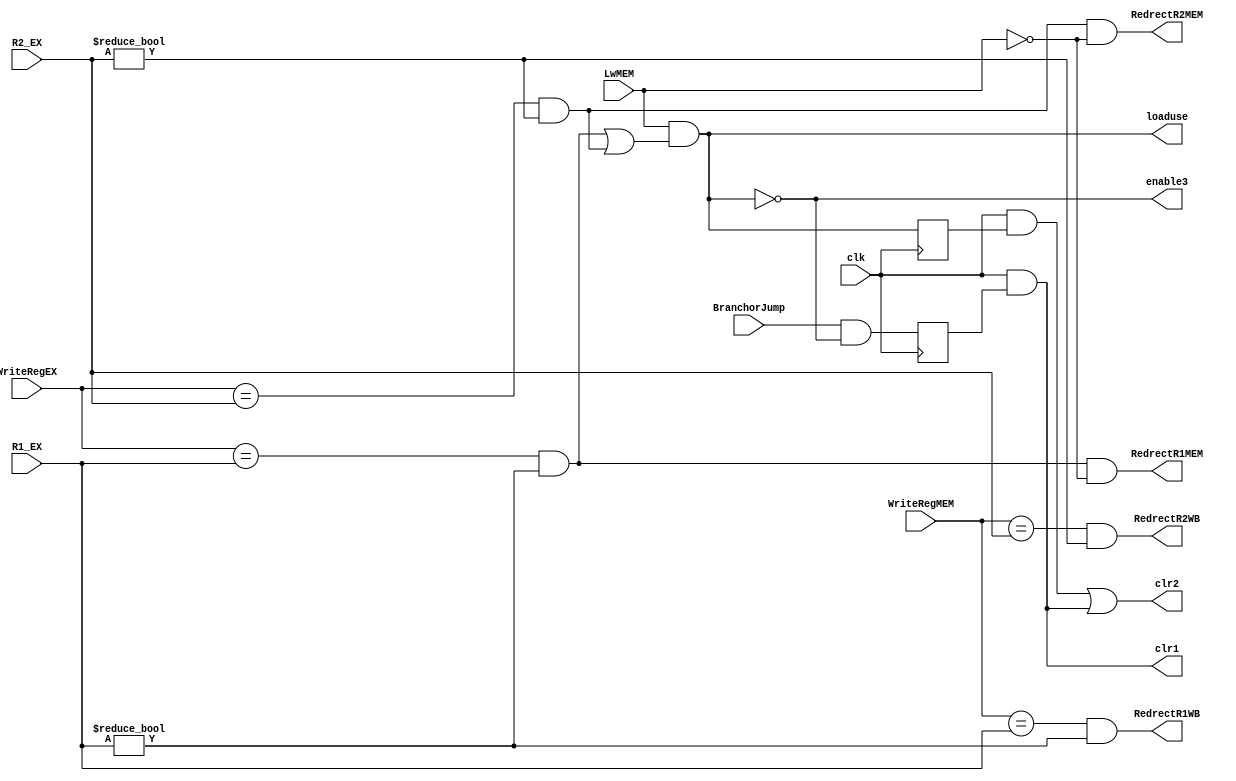
`timescale 1ns / 1ps
//////////////////////////////////////////////////////////////////////////////////
// Company: 
// Engineer: 
// 
// Design Name: 
// Module Name: HazardUnit
// Project Name: 
// Target Devices: 
// Tool Versions: 
// Description: 
// 
// Dependencies: 
// 
// Revision:
// Revision 0.01 - File Created
// Additional Comments:
// 
//////////////////////////////////////////////////////////////////////////////////


module HazardUnit( clk,WriteRegEX,WriteRegMEM,R1_EX,R2_EX,LwMEM,BranchorJump, RedrectR1MEM,RedrectR2MEM,RedrectR1WB,RedrectR2WB,enable3,loaduse,clr1,clr2 );
input wire clk;
input wire [4:0] WriteRegEX,WriteRegMEM,R1_EX,R2_EX;
input wire LwMEM,BranchorJump;
output wire RedrectR1MEM,RedrectR2MEM,RedrectR1WB,RedrectR2WB,enable3,loaduse,clr1,clr2;
wire signal1,signal2,signal3,signal4;
reg  reg1,reg2;
assign signal1=(WriteRegEX==R1_EX)&(R1_EX!=0);
assign signal2=(WriteRegEX==R2_EX)&(R2_EX!=0);
assign RedrectR1MEM=signal1&(!LwMEM);
assign RedrectR2MEM=signal2&(!LwMEM);
assign RedrectR1WB=(WriteRegMEM==R1_EX)&(R1_EX!=0);
assign RedrectR2WB=(WriteRegMEM==R2_EX)&(R2_EX!=0);
assign loaduse=LwMEM&(signal1|signal2);
assign enable3=~loaduse;

always @(negedge clk)
begin 
reg1<=loaduse;
reg2<=BranchorJump&enable3;
end

assign clr1=clk&reg2;
assign clr2=clk&reg1|clr1;

endmodule